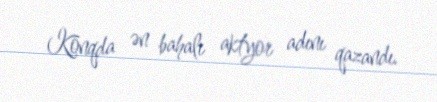
Konqda ən bahalı aktyor adını qazandı.